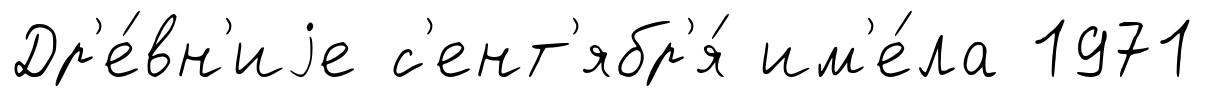
Др'е́вн'иjе с'ент'ябр'я́ им'е́ла 1971